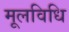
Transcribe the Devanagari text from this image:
मूलविधि